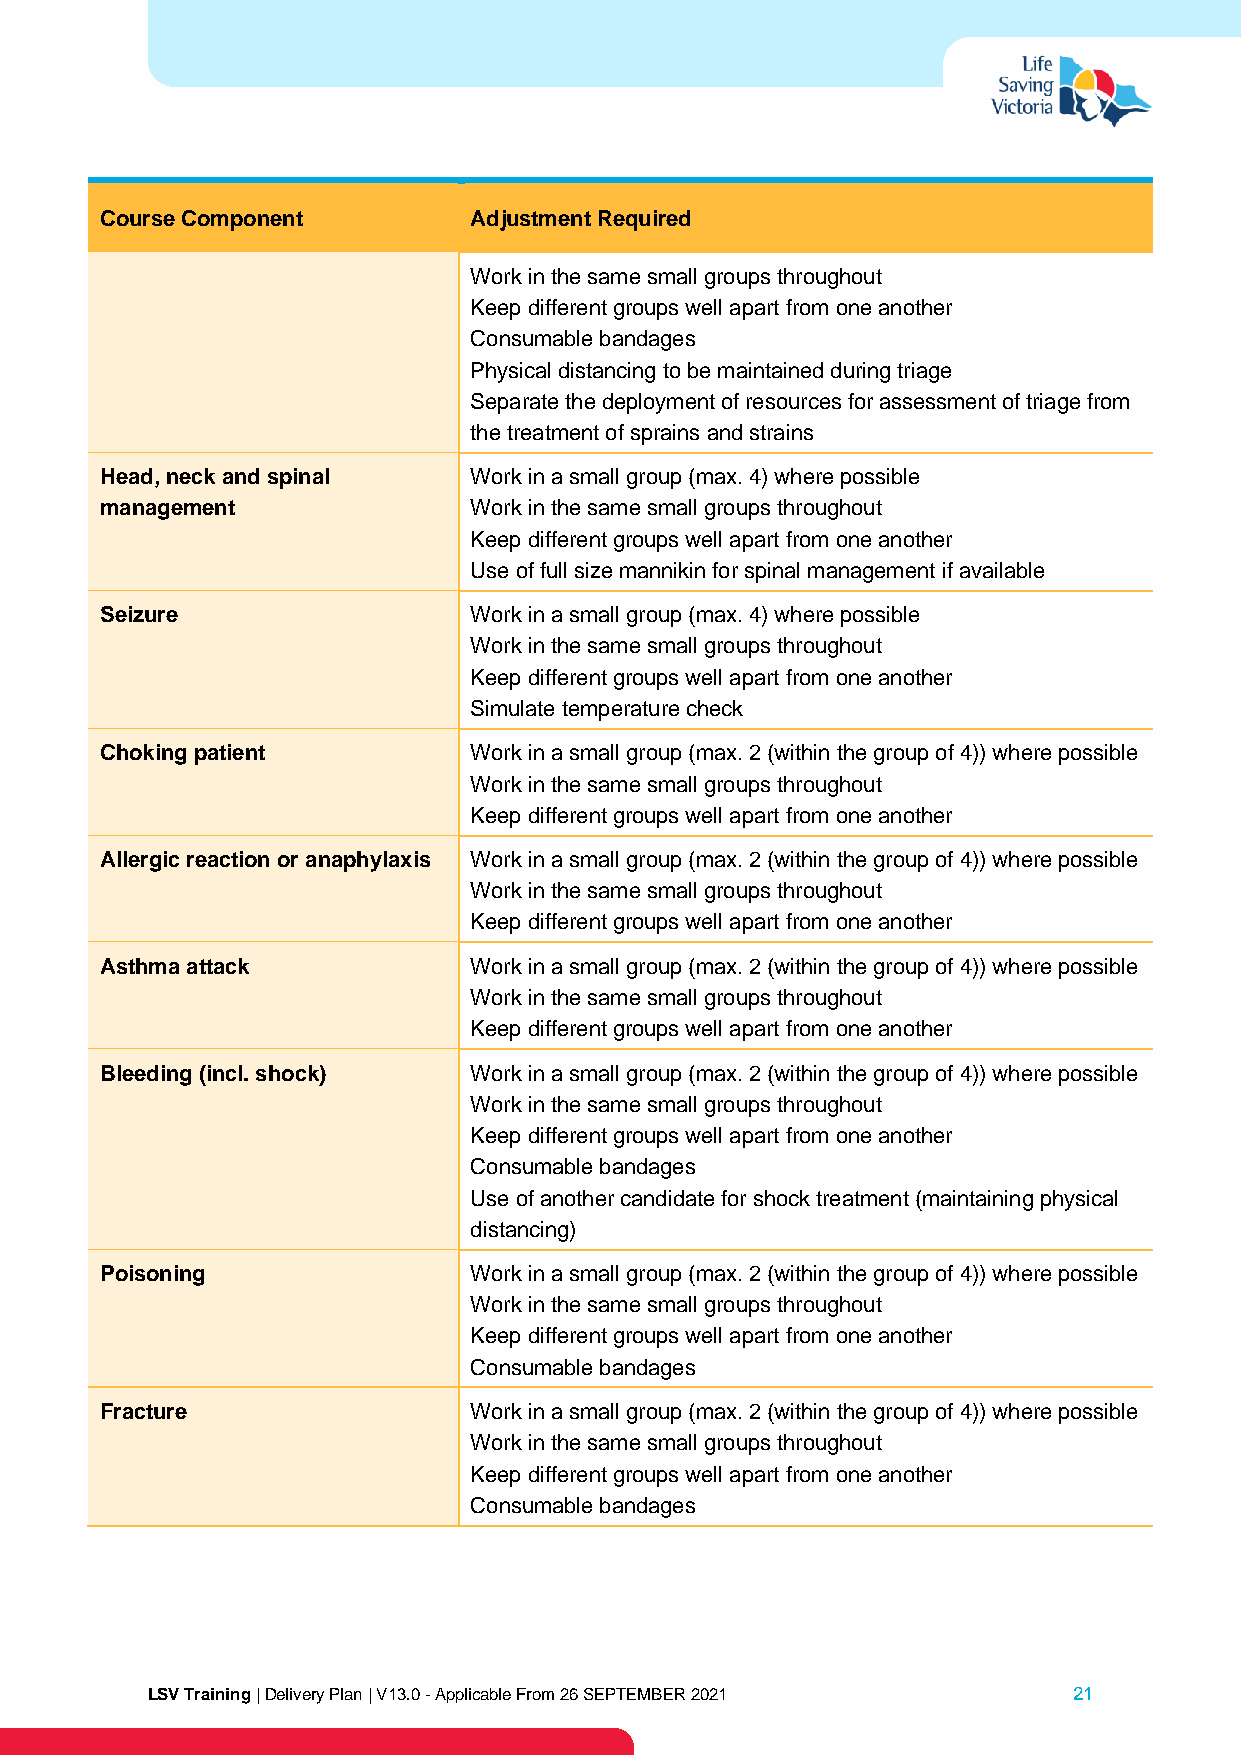
Course Component        Adjustment Required
 Work in the same small groups throughout
 Keep different groups well apart from one another
 Consumable bandages
 Physical distancing to be maintained during triage
 Separate the deployment of resources for assessment of triage from
 the treatment of sprains and strains
 Head, neck and spinal   Work in a small group (max. 4) where possible
 management              Work in the same small groups throughout
 Keep different groups well apart from one another
 Use of full size mannikin for spinal management if available
 Seizure                 Work in a small group (max. 4) where possible
 Work in the same small groups throughout
 Keep different groups well apart from one another
 Simulate temperature check
 Choking patient         Work in a small group (max. 2 (within the group of 4)) where possible
 Work in the same small groups throughout
 Keep different groups well apart from one another
 Allergic reaction or anaphylaxis Work in a small group (max. 2 (within the group of 4)) where possible
 Work in the same small groups throughout
 Keep different groups well apart from one another
 Asthma attack           Work in a small group (max. 2 (within the group of 4)) where possible
 Work in the same small groups throughout
 Keep different groups well apart from one another
 Bleeding (incl. shock)  Work in a small group (max. 2 (within the group of 4)) where possible
 Work in the same small groups throughout
 Keep different groups well apart from one another
 Consumable bandages
 Use of another candidate for shock treatment (maintaining physical
 distancing)
 Poisoning               Work in a small group (max. 2 (within the group of 4)) where possible
 Work in the same small groups throughout
 Keep different groups well apart from one another
 Consumable bandages
 Fracture                Work in a small group (max. 2 (within the group of 4)) where possible
 Work in the same small groups throughout
 Keep different groups well apart from one another
 Consumable bandages
 LSV Training | Delivery Plan | V13.0 - Applicable From 26 SEPTEMBER 2021 21